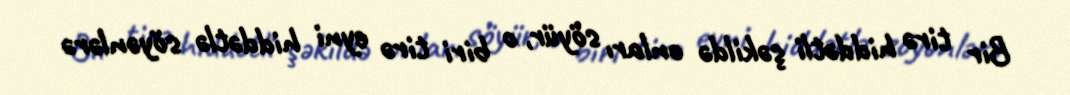
Bir tirə hiddətli şəkildə onları söyür, o biri tirə eyni hiddətlə söyənlərə